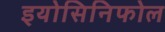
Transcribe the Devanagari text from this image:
इयोसिनिफोल